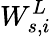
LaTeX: W_{s,i}^{L}